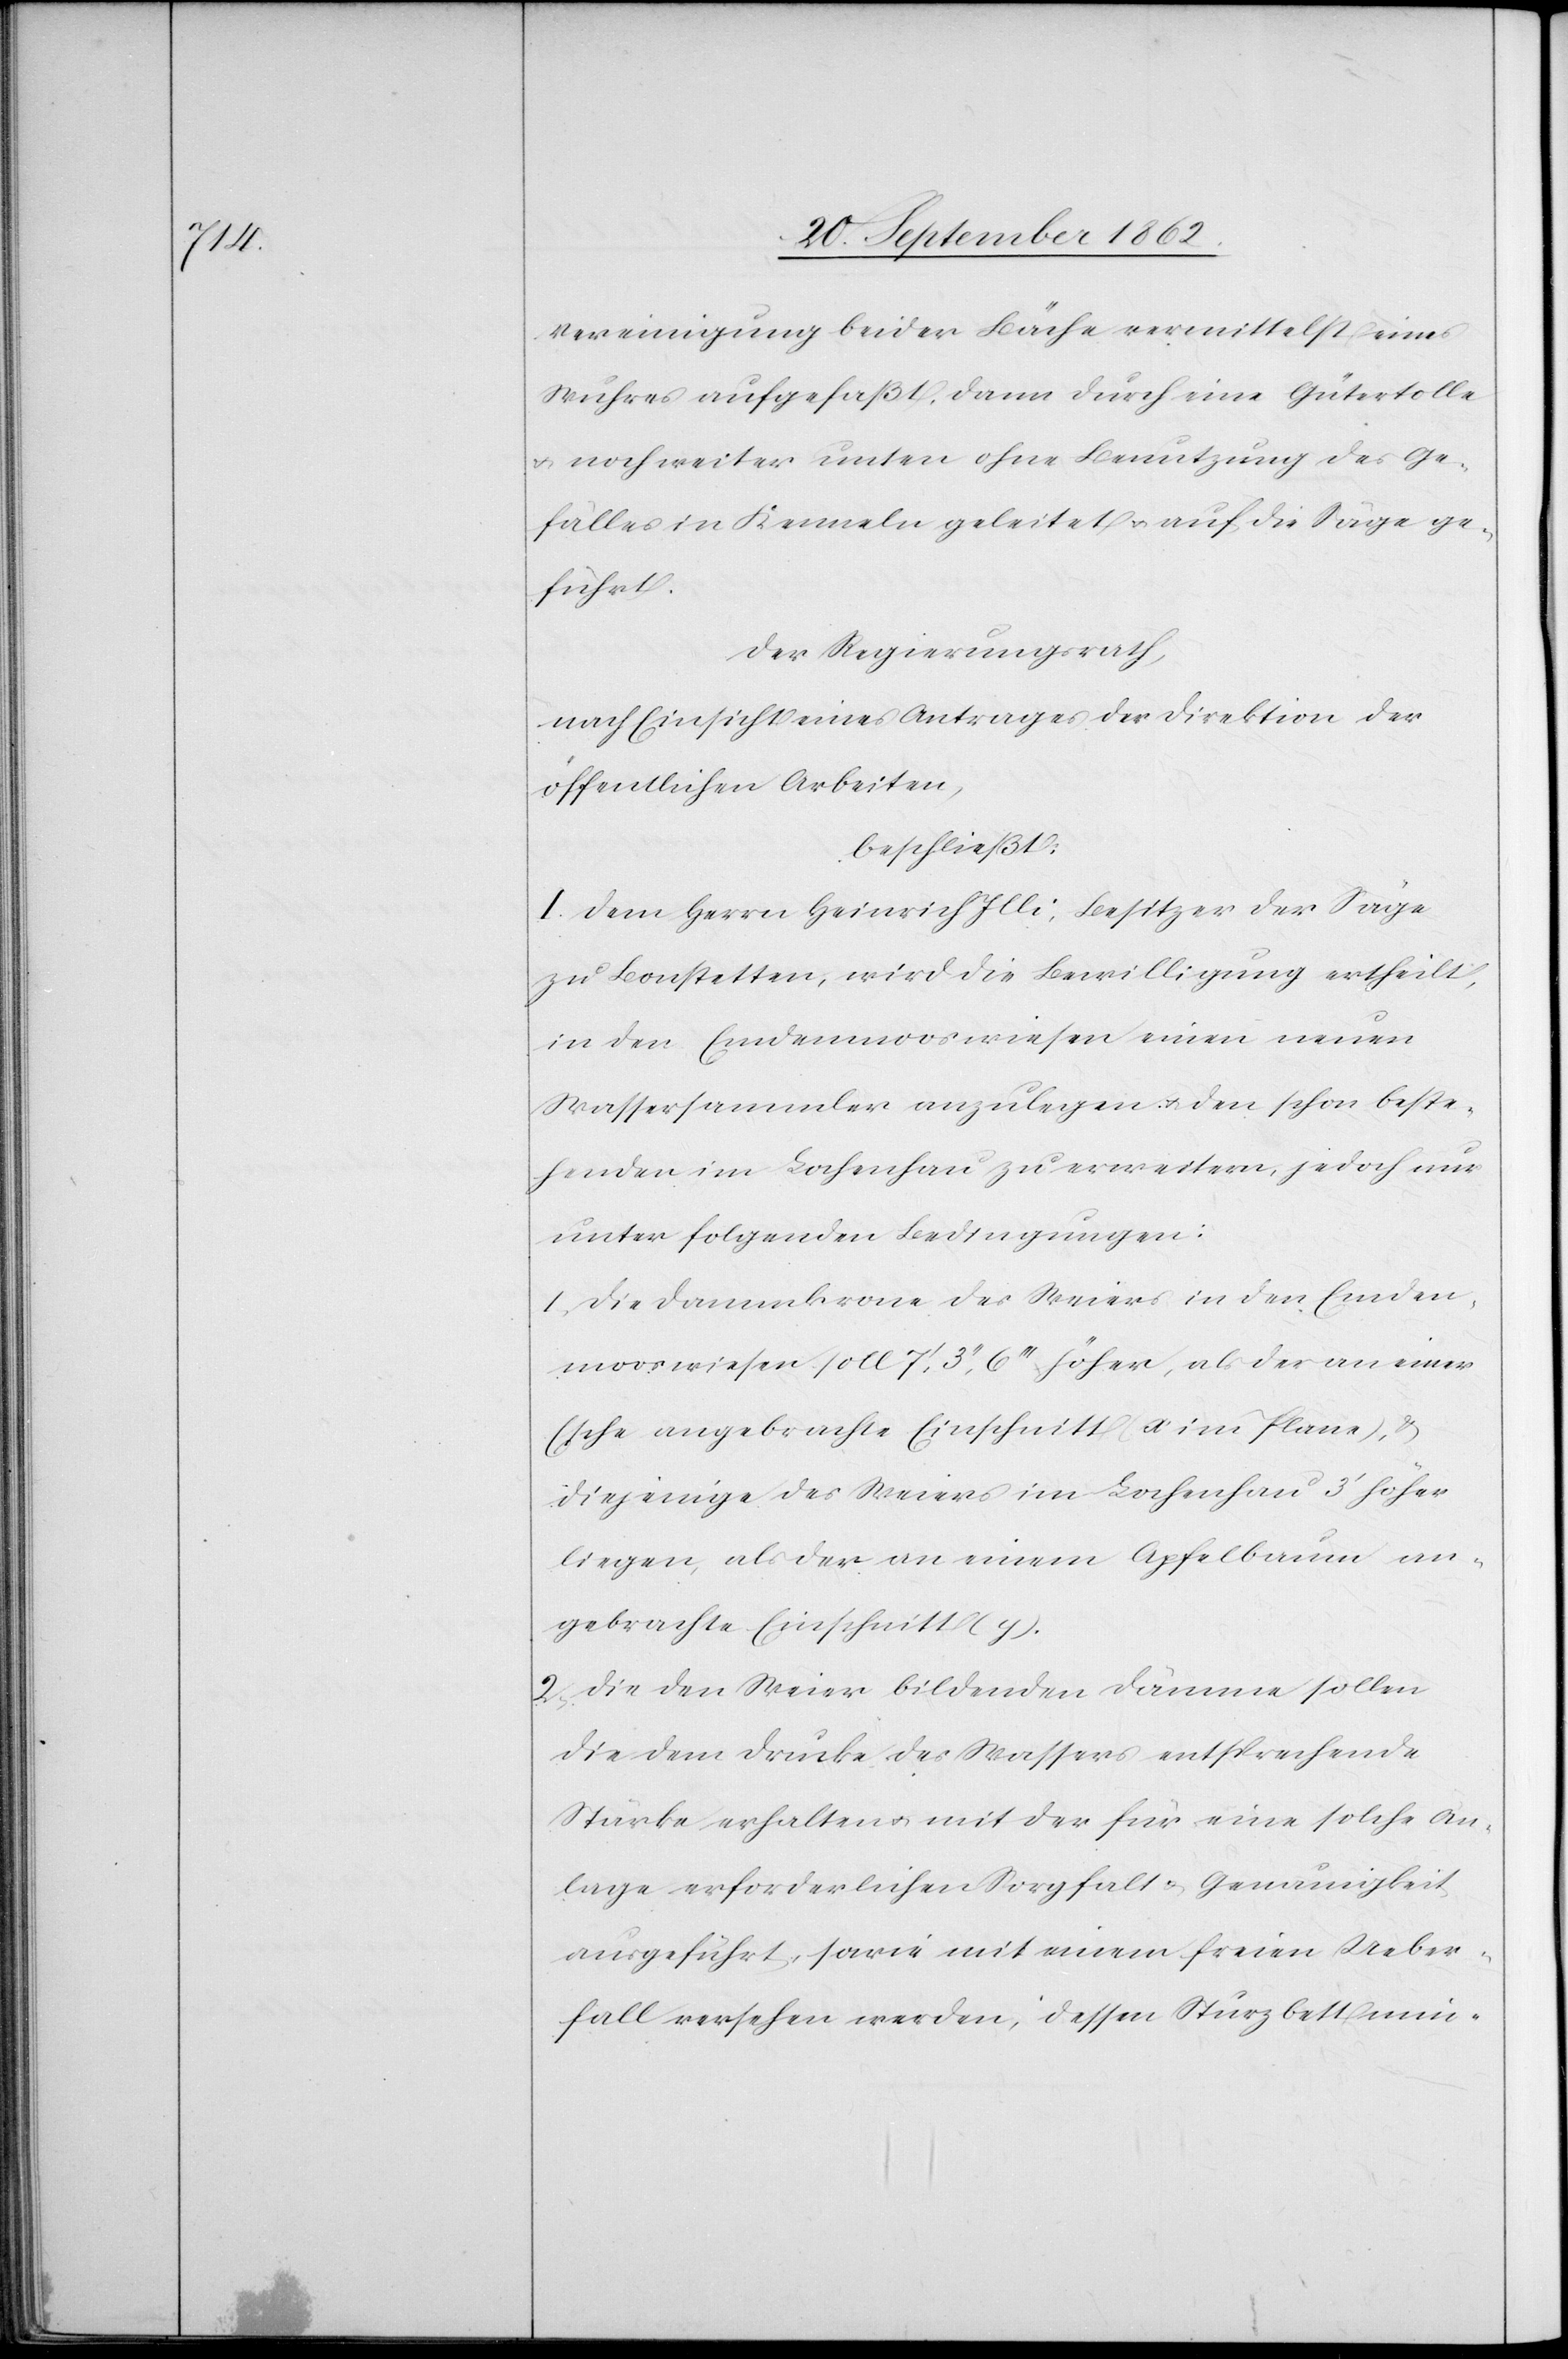
Vereinigung beider Bäche vermittelst eines
Wuhres aufgefaßt, dann durch eine Gütertolle
u. noch weiter unten ohne Benutzung des Ge¬
fälles in Kenneln geleitet u. auf die Säge ge¬
führt.
Der Regierungsrath,
nach Einsicht eines Antrages der Direktion der
öffentlichen Arbeiten,
beschließt:
I. Dem Herrn Heinrich Illi, Besitzer der Säge
zu Bonstetten, wird die Bewilligung ertheilt,
in den Emdenmooswiesen einen neuen
Wassersammler anzulegen u. den schon beste¬
henden im Lochenhau zu erweitern, jedoch nur
unter folgenden Bedingungen:
1. Die Dammkrone des Weiers in der Emden¬
mooswiesen soll 7’,3’’,6’’’ höher, als der an einer
(s[i]ehe angebrachte Einschnitt x im Plane), u.
diejenige des Weiers im Lochenhau 3’ höher
liegen, als der an einem Apfelbaum an¬
gebrachte Einschnitt (y).
2. Die den Weier bildenden Dämme sollen
die dem Drucke des Wassers entsprechende
Stärke erhalten u. mit der für eine solche An¬
lage erforderlichen Sorgfalt u. Genauigkeit
ausgeführt, sowie mit einen freien Ueber¬
fall versehen werden, dessen Sturzbett min-